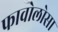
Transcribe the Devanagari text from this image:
फावोलोसा